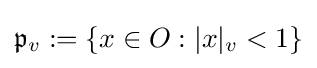
{\mathfrak {p}}_{v}:=\{x\in O:|x|_{v}<1\}